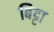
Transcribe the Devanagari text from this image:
बिट्टा